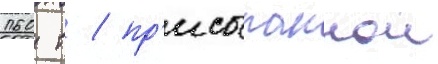
160 т / пр'исыпаннои